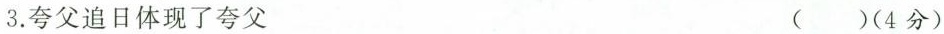
3.夸父追日体现了夸父 ()(4分)